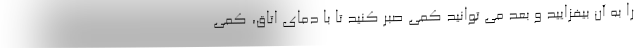
را به آن بیفزایید و بعد می توانید کمی صبر کنید تا با دمای اتاق، کمی